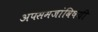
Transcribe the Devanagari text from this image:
अपसमजांविषयी